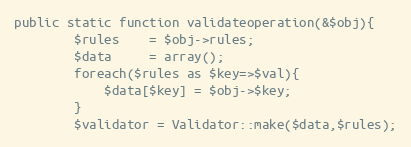
Language: PHP
public static function validateoperation(&$obj){
		$rules    = $obj->rules;
		$data     = array();
		foreach($rules as $key=>$val){
			$data[$key] = $obj->$key;
		}
		$validator = Validator::make($data,$rules);